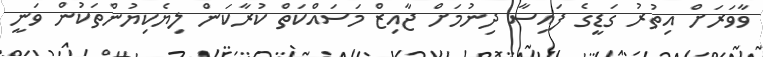
ވާވަރަށް އިތުރު ގަޑީގެ ފައިސާ ދިނުމަށް ޖާއިޒް މަސައްކަތް ކުރާކަން ލިޔެކިޔުންތަކުން ވަނީ